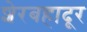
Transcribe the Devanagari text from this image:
शेरबहादूर